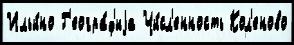
Ильи́но Г'еогра́ф'иjа Чи́сл'енность Кол'еново